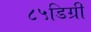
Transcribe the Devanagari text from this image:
८५डिग्री